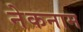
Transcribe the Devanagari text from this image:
नेकनाम